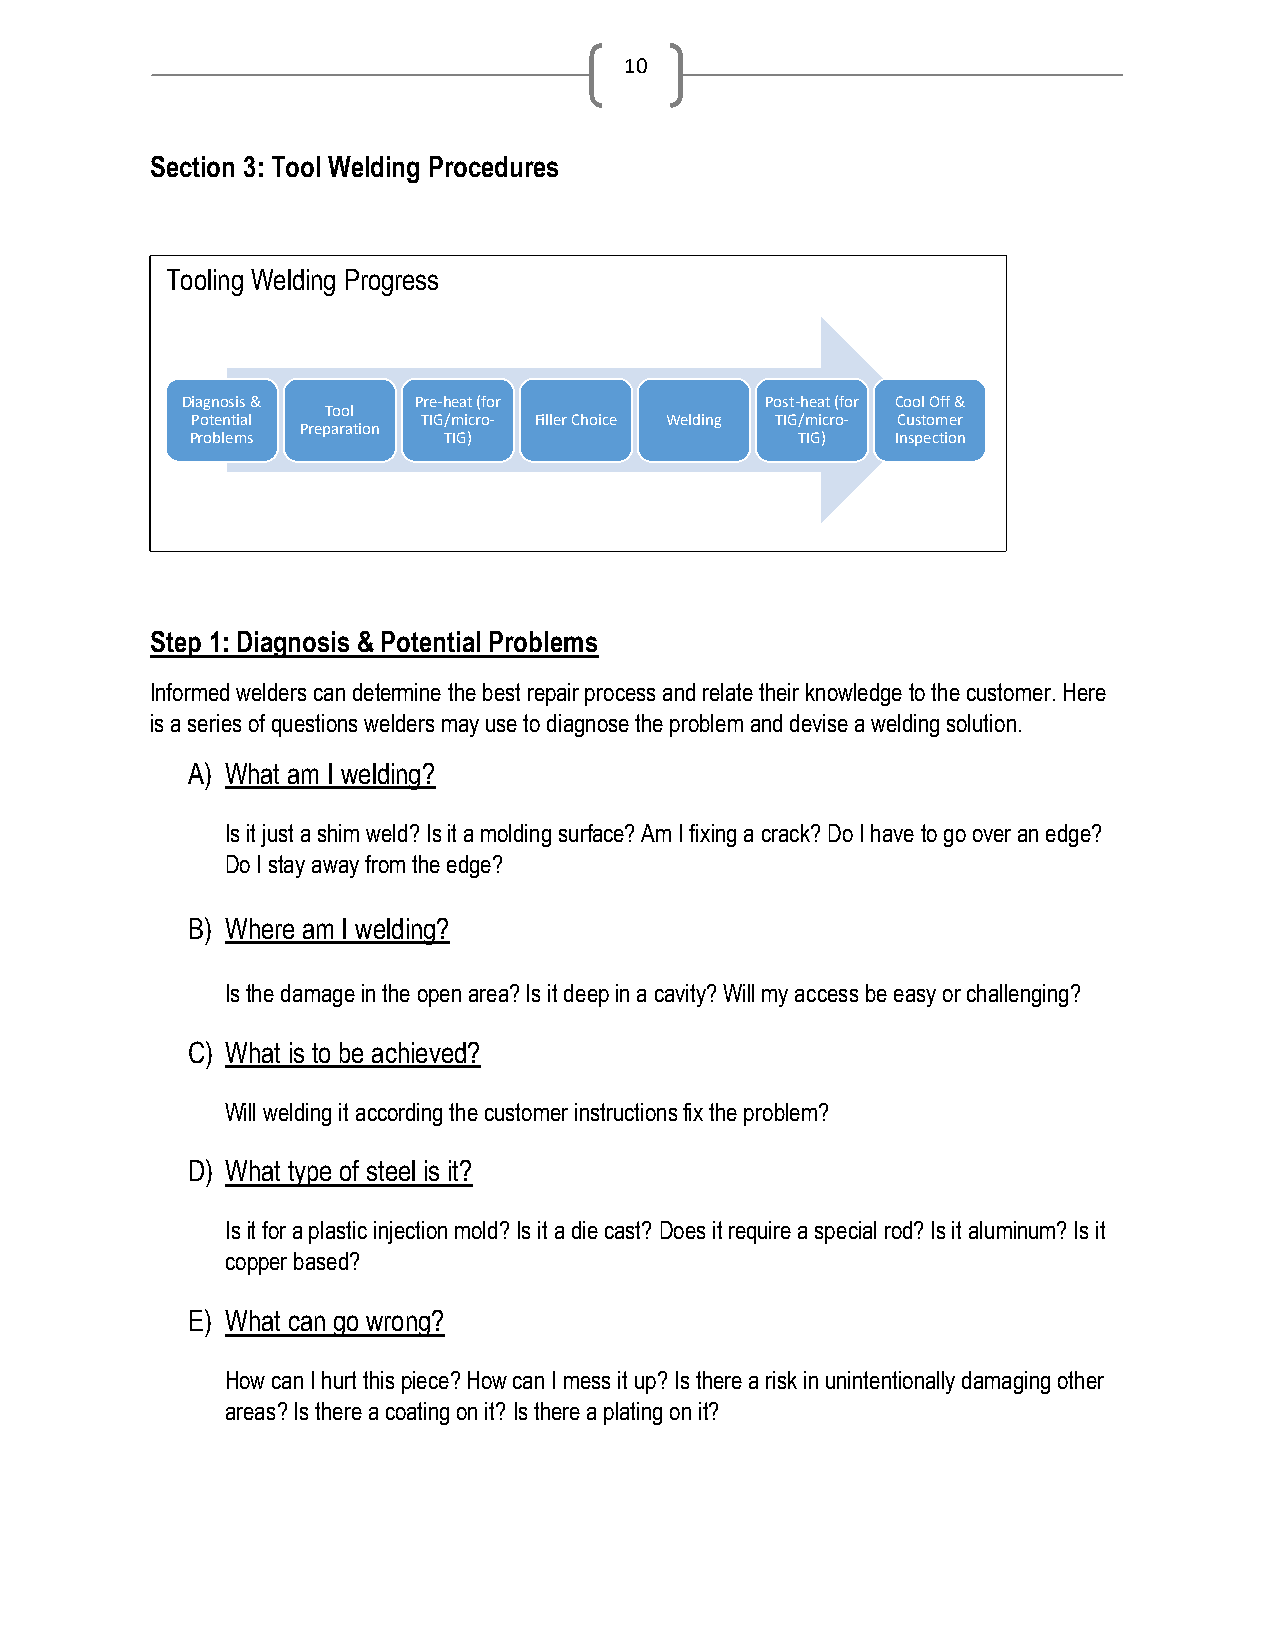
10
 Section 3: Tool Welding Procedures
 Tooling Welding Progress
 Diagnosis &    Pre-heat (for           Post-heat (for Cool Off &
 Tool
 Potential
 Preparation
 TIG/micro- Filler Choice Welding TIG/micro- Customer
 Problems        TIG)                    TIG)  Inspection
 Step 1: Diagnosis & Potential Problems
 Informed welders can determine the best repair process and relate their knowledge to the customer. Here
 is a series of questions welders may use to diagnose the problem and devise a welding solution.
 A) What am I welding?
 Is it just a shim weld? Is it a molding surface? Am I fixing a crack? Do I have to go over an edge?
 Do I stay away from the edge?
 B) Where am I welding?
 Is the damage in the open area? Is it deep in a cavity? Will my access be easy or challenging?
 C) What is to be achieved?
 Will welding it according the customer instructions fix the problem?
 D) What type of steel is it?
 Is it for a plastic injection mold? Is it a die cast? Does it require a special rod? Is it aluminum? Is it
 copper based?
 E) What can go wrong?
 How can I hurt this piece? How can I mess it up? Is there a risk in unintentionally damaging other
 areas? Is there a coating on it? Is there a plating on it?